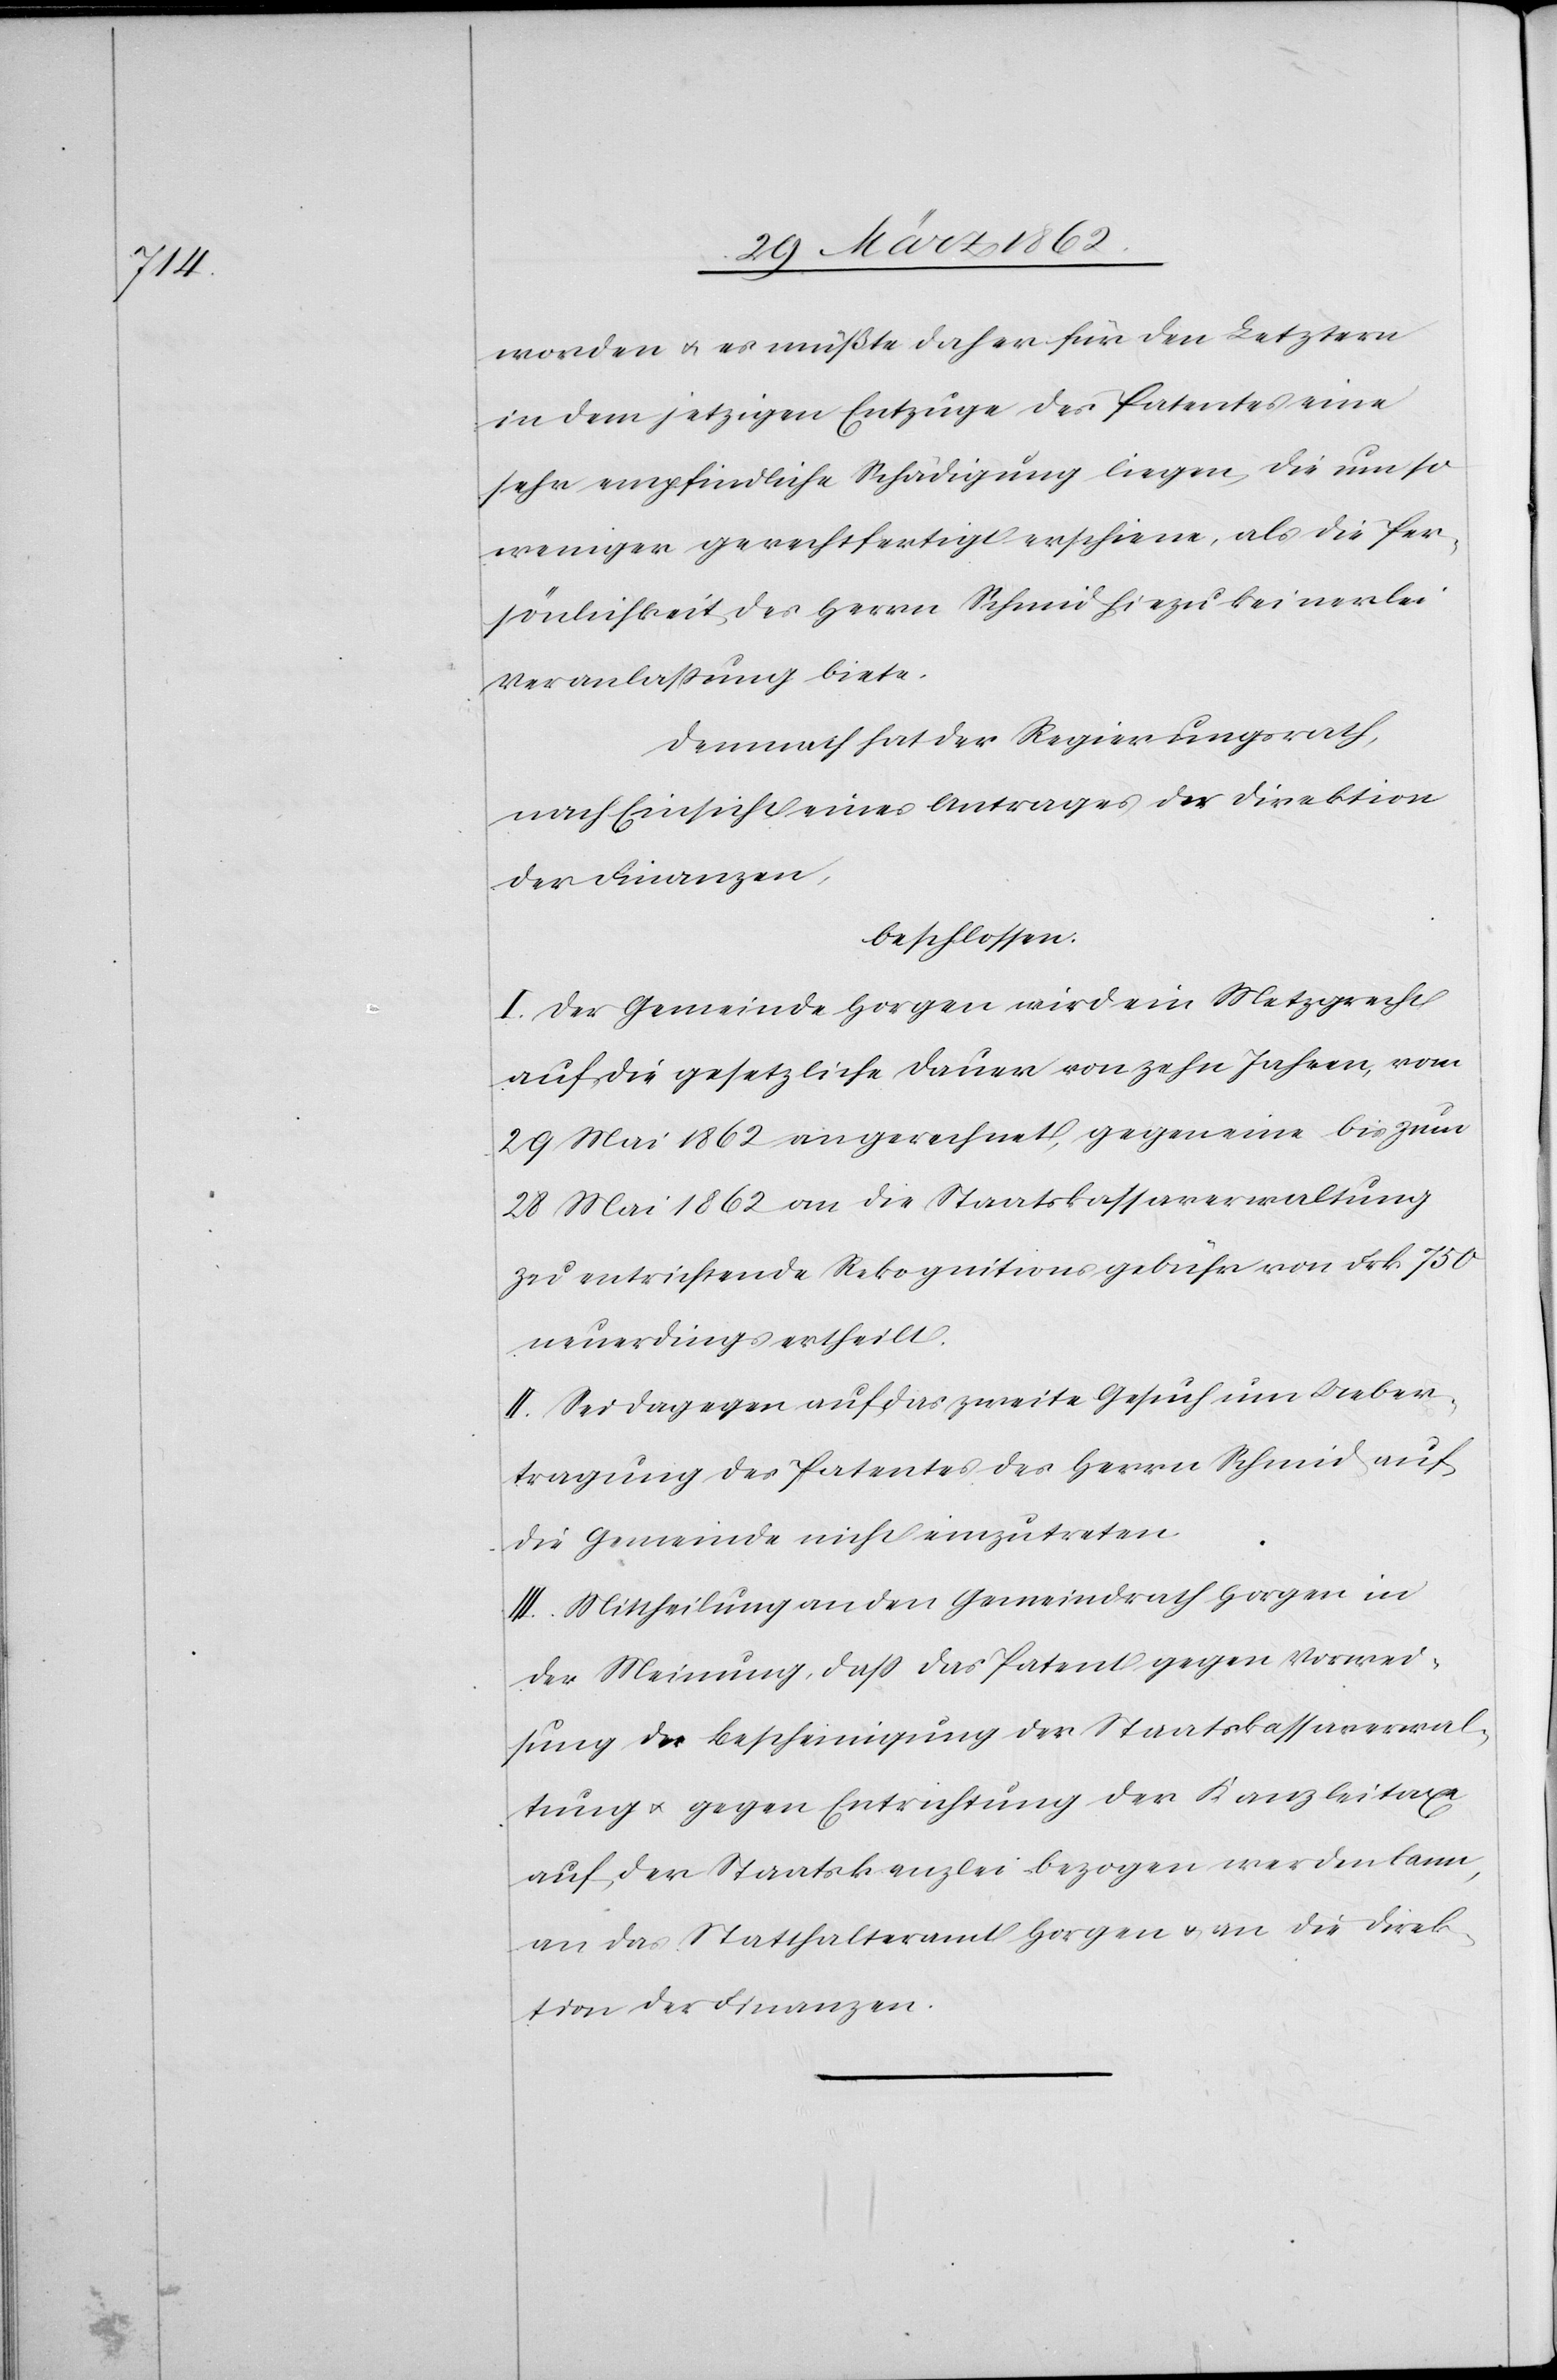
worden u. es müßte daher für den Letztern
in dem jetzigen Entzuge des Patentes eine
sehr empfindliche Schädigung liegen, die umso
weniger gerechtfertigt erschiene, als die Per¬
sönlichkeit des Herrn Schmid hiezu keinerlei
Veranlaßung biete.
Demnach hat der Regierungsrath,
nach Einsicht eines Antrages der Direktion
der Finanzen,
beschlossen:
I. Der Gemeinde Horgen wird ein Metzgrecht
auf die gesetzliche Dauer von zehn Jahren, vom
29 Mai 1862 an gerechnet, gegen eine bis zum
28 Mai 1862 an die Staatskassaverwaltung
zu entrichtende Rekognitionsgebühr von Frk. 750
neuerdings ertheilt.
II. Sei dagegen auf das zweite Gesuch um Ueber¬
tragung des Patentes des Herrn Schmid auf
die Gemeinde nicht einzutreten.
III. Mittheilung an den Gemeindrath Horgen in
der Meinung, daß das Patent gegen Vorwei¬
sung der Bescheinigung der Staatskassaverwal¬
tung u. gegen Entrichtung der Kanzleitaxe
auf der Staatskanzlei bezogen werden kann,
an das Statthalteramt Horgen u. an die Direk¬
tion der Finanzen.